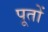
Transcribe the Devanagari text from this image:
पूतों